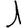
Digit: 1